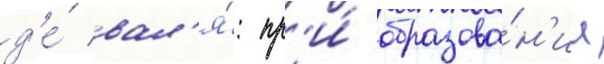
д'е́ вал'я́: пр'и́ образова́н'ии